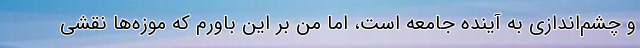
و چشم‌اندازی به آینده جامعه است، اما من بر این باورم که موزه‌ها نقشی